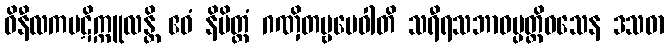
ဝိနီလကပဋိက္ကူလန္တိ ဧဝံ နိမိတ္တံ ဂဏှိတဗ္ဗမေဝါတိ သရီရသဘာဝပ္ပတ္တိဝသေန ဒသဓာ